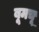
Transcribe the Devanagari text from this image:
बूमचू